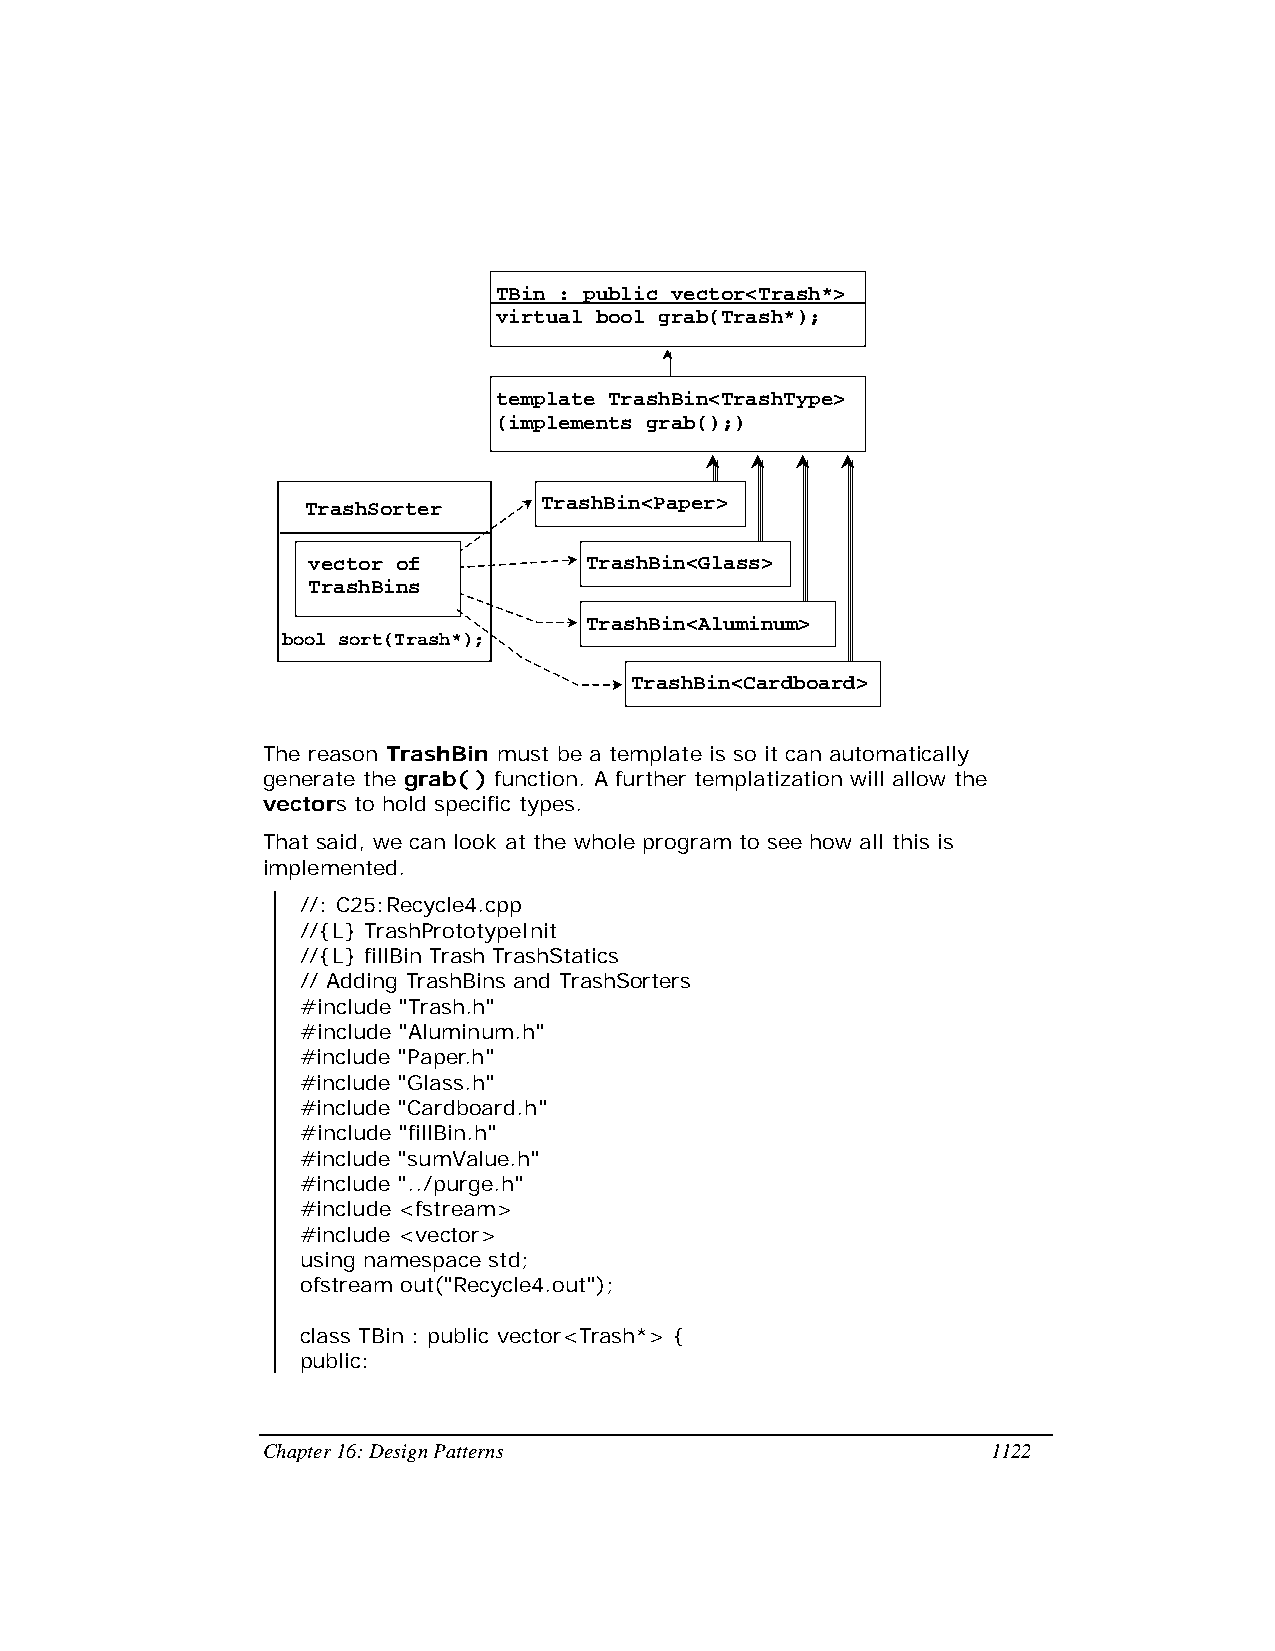
TBin : public vector<Trash*>
 virtual bool grab(Trash*);
 template TrashBin<TrashType>
 (implements grab();)
 TrashSorter     TrashBin<Paper>
 vector of          TrashBin<Glass>
 TrashBins
 TrashBin<Aluminum>
 bool sort(Trash*);
 TrashBin<Cardboard>
 The reason TrashBin must be a template is so it can automatically
 generate the grab( ) function. A further templatization will allow the
 vectors to hold specific types.
 That said, we can look at the whole program to see how all this is
 implemented.
 //: C25:Recycle4.cpp
 //{L} TrashPrototypeInit
 //{L} fillBin Trash TrashStatics
 // Adding TrashBins and TrashSorters
 #include "Trash.h"
 #include "Aluminum.h"
 #include "Paper.h"
 #include "Glass.h"
 #include "Cardboard.h"
 #include "fillBin.h"
 #include "sumValue.h"
 #include "../purge.h"
 #include <fstream>
 #include <vector>
 using namespace std;
 ofstream out("Recycle4.out");
 class TBin : public vector<Trash*> {
 public:
 Chapter 16: Design Patterns                      1122